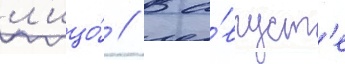
л'ицо́ // В а́вгуст'е